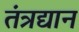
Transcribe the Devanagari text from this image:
तंत्रद्यान